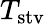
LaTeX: T_{\mathrm{stv}}